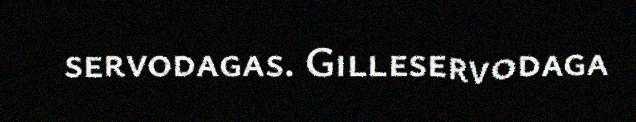
servodagas. Gilleservodaga